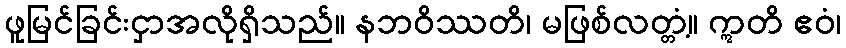
ဖူမြင်ခြင်းငှာအလိုရှိသည်။ နဘဝိဿတိ၊ မဖြစ်လတ္တံ့။ ဣတိ ဧဝံ၊